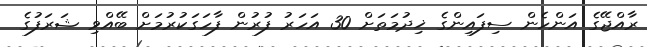
ރާއްޖޭގެ އަންހެން ސިފައިންގެ ޚިދުމަތަށް 30 އަހަރު ފުރުން ފާހަގަކުރުމަށް ބޭއްވި ޝަރަފުގެ